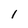
Character: l